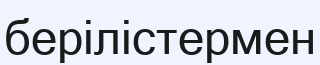
берілістермен